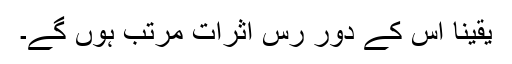
یقیناً اس کے دور رس اثرات مرتب ہوں گے۔